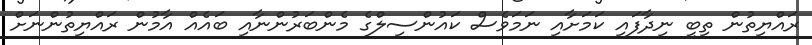
ރައްޔިތުން ތިބީ ނިދާފައި ކަމަށާއި ނަމަވެސް ކައުންސިލްގެ މެންބަރުންނާއި ބައެއް އާމުން ރައްޔިތުންނަށް